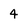
Character: 4